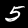
Digit: 5